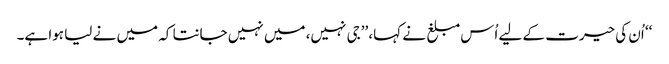
‘‘ اُن کی حیرت کے لیے اُس مبلغ نے کہا، ’’جی نہیں، میں نہیں جانتا کہ میں نے لیا ہوا ہے۔